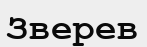
Зверев